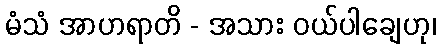
မံသံ အာဟရာတိ - အသား ဝယ်ပါချေဟု၊